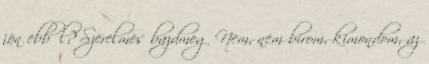
jön ebből? Szerelmes bazdmeg Nem, nem bírom, kimondom, az